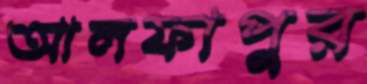
আলফাপুর